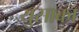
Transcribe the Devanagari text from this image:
युसाका